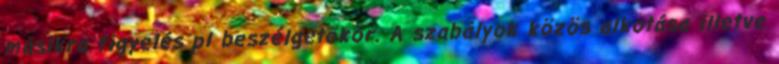
másikra figyelés pl beszélgetőkör. A szabályok közös alkotása illetve